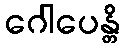
ဂေါပေန္တိ